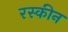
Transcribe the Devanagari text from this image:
रस्कीन